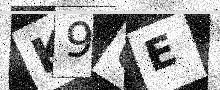
Text: K9CE